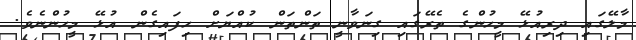
މާލޭގައި ދިރިއުޅޭ މީހުންގެ ތެރޭގައި ގިނަވާނީ ތަންތަން ކުއްޔަށް ހިފައިގެން އުޅޭ މީހުންނެވެ.